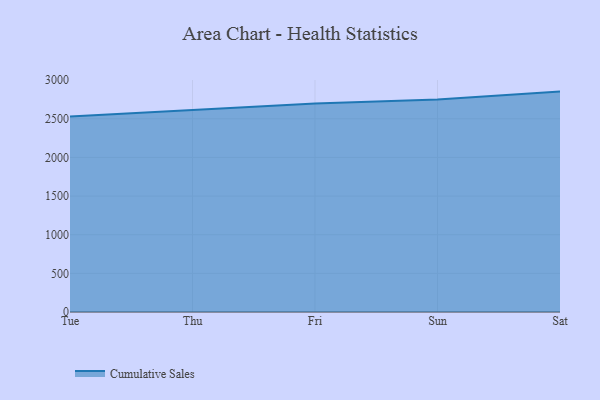
{"axis": {"x": "Day", "y": "Shipments"}, "legend": ["Cumulative Sales"], "data": [{"x": "Tue", "y": 2530.1, "type": "Cumulative Sales"}, {"x": "Thu", "y": 2618.1, "type": "Cumulative Sales"}, {"x": "Fri", "y": 2696.9, "type": "Cumulative Sales"}, {"x": "Sun", "y": 2750.3, "type": "Cumulative Sales"}, {"x": "Sat", "y": 2851.6, "type": "Cumulative Sales"}]}